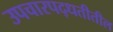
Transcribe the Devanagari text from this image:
उपचारपद्धतीतील